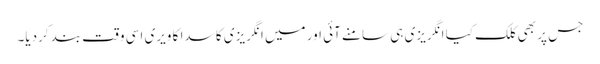
جس پر بھی کلک کیا انگریزی ہی سامنے آئی اور میں انگریزی کا سدا کا ویری اسی وقت بند کردیا۔